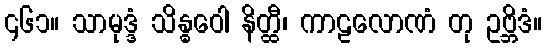
၄၆၁။ သာမုဒ္ဒံ သိန္ဓဝေါ နိတ္ထီ၊ ကာဠလောဏံ တု ဥဗ္ဘိဒံ။